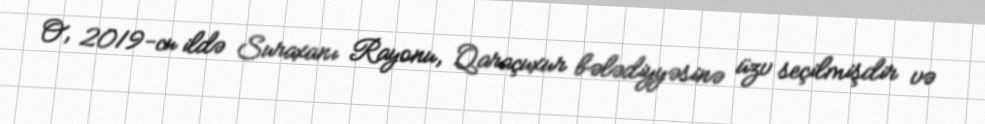
O, 2019-cu ildə Suraxanı Rayonu, Qaraçuxur bələdiyyəsinə üzv seçilmişdir və